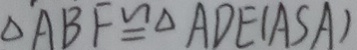
\Delta A B F \cong \Delta A D E ( A S A )